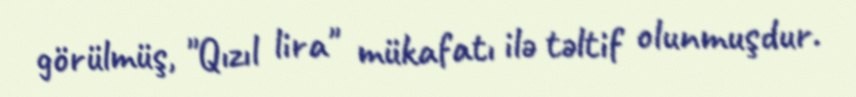
görülmüş, "Qızıl lira" mükafatı ilə təltif olunmuşdur.